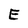
Character: E